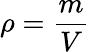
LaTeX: \rho={\frac{m}{V}}